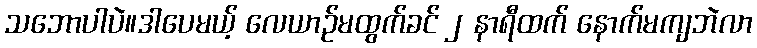
သဘောပါပဲ။ဒါပေမယ့် လေယာဉ်မထွက်ခင် ၂ နာရီထက် နောက်မကျဘဲလာ